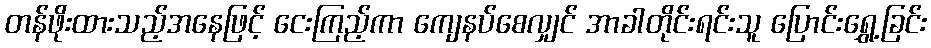
တန်ဖိုးထားသည့်အနေဖြင့် ငေးကြည့်ကာ ကျေနပ်စေလျှင် အာခါတိုင်းရင်းသူ ပြောင်းရွှေ့ခြင်း